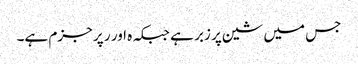
جس میں شین پر زبر ہے جبکہ ہ اور ر پر جزم ہے۔